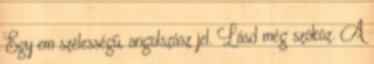
Egy em szélességű, angolszász jel. Lásd még szóköz. A